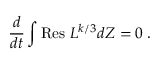
\frac { d } { d t } \int \mathrm { R e s ~ } L ^ { k / 3 } d Z = 0 \; .